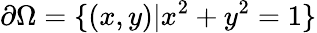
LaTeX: \partial\Omega=\{ (x,y)|x^{2}+y^{2}=1\}